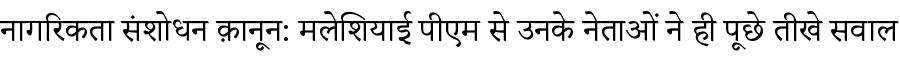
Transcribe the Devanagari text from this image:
नागरिकता संशोधन क़ानून: मलेशियाई पीएम से उनके नेताओं ने ही पूछे तीखे सवाल